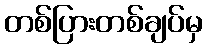
တစ်ပြားတစ်ချပ်မှ